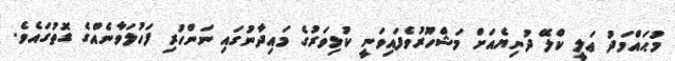
މުޙައްމަދު ޢަލީ ކްލޭ ދުނިޔެއަށް މަޝްހޫރުވެފައިވަނީ ކުޅިވަރުގެ މައިދާނުގައި ނަންހުރި ފަހުލަވާނެއްގެ ގޮތުގައެވެ.